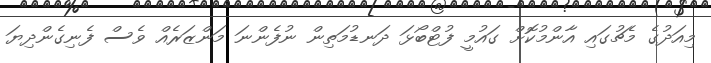
މިއަދުގެ މެޗުގައި އާންމުކޮށް ގައުމީ ފުޓްބޯޅަ ދަނޑުމަތިން ނުފެންނަ މަންޒަރެއް ވެސް ފެނިގެންދިޔަ